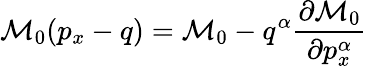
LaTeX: {\cal M}_{0}(p_{x}-q)={\cal M}_{0}-q^{\alpha}\frac{\partial{\cal M}_{0}}{\partial p_{x}^{\alpha}}